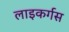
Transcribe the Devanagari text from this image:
लाइकर्गस